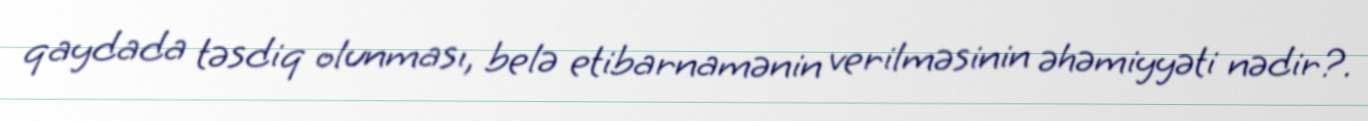
qaydada təsdiq olunması, belə etibarnamənin verilməsinin əhəmiyyəti nədir?.